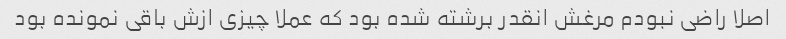
اصلا راضی نبودم مرغش انقدر برشته شده بود که عملا چیزی ازش باقی نمونده بود